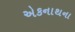
એકનાથના